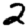
Digit: 2